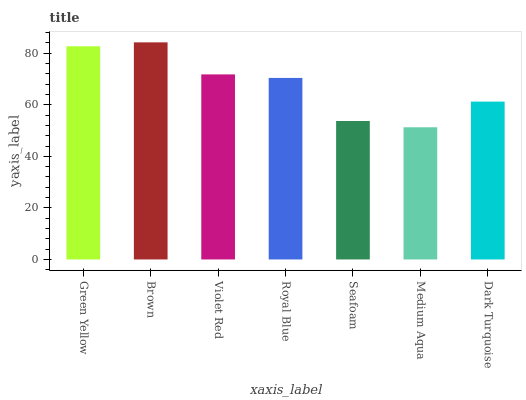
| xaxis_label | bars |
 | --- | --- |
 | Green Yellow | 82.7 |
 | Brown | 84.2 |
 | Violet Red | 71.8 |
 | Royal Blue | 70.4 |
 | Seafoam | 53.7 |
 | Medium Aqua | 51.3 |
 | Dark Turquoise | 61.2 |